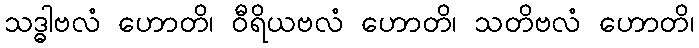
သဒ္ဓါဗလံ ဟောတိ၊ ဝီရိယဗလံ ဟောတိ၊ သတိဗလံ ဟောတိ၊